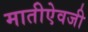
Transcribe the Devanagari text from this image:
मातीऐवजी